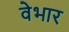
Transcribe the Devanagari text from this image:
वेभार